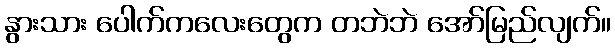
နွားသား ပေါက်ကလေးတွေက တဘဲဘဲ အော်မြည်လျက်။